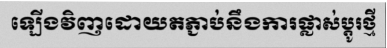
ឡើងវិញដោយតភ្ជាប់នឹងការផ្លាស់ប្តូរថ្មី